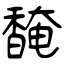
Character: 馣